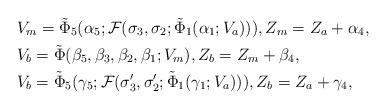
LaTeX: \begin{align*}&V_m=\tilde{\Phi}_5(\alpha_5;\mathcal{F}(\sigma_3,\sigma_2;\tilde{\Phi}_1(\alpha_1;V_a))),Z_m=Z_a+\alpha_4,\\&V_b=\tilde{\Phi}(\beta_5,\beta_3,\beta_2,\beta_1;V_m),Z_b=Z_m+\beta_4,\\&V_b=\tilde{\Phi}_5(\gamma_5;\mathcal{F}(\sigma'_3,\sigma'_2;\tilde{\Phi}_1(\gamma_1;V_a))),Z_b=Z_a+\gamma_4,\end{align*}